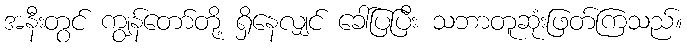
အနီးတွင် ကျွန်တော်တို့ ရှိနေလျှင် ခေါ်ပြပြီး သဘာတူဆုံးဖြတ်ကြသည်။